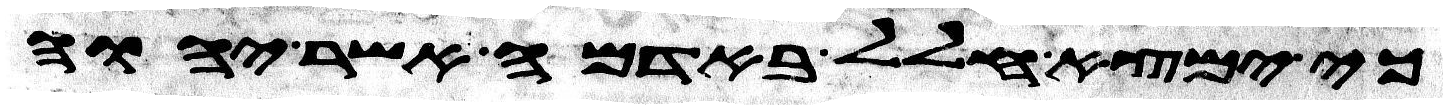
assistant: כי ימצא חלל באדמה אשר יהוה